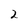
Character: 2